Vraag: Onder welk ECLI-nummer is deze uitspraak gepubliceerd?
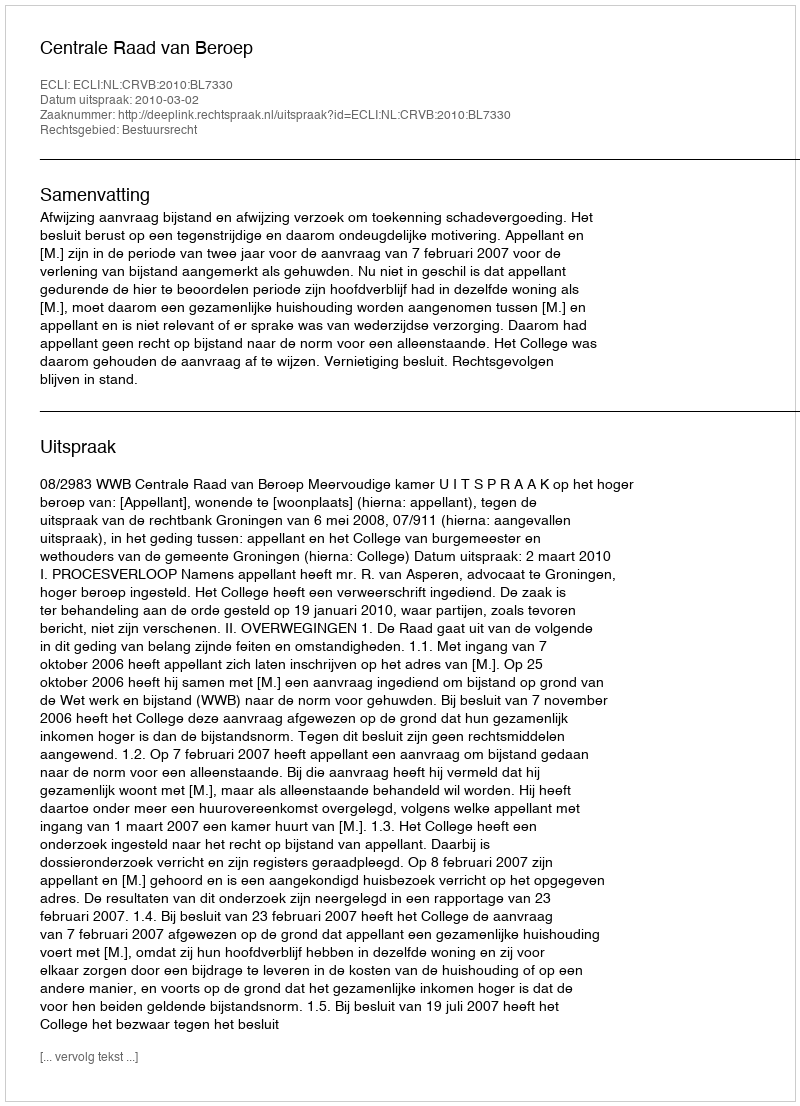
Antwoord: ECLI:NL:CRVB:2010:BL7330